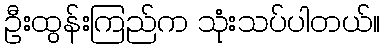
ဦးထွန်းကြည်က သုံးသပ်ပါတယ်။